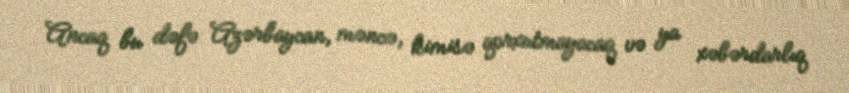
Ancaq bu dəfə Azərbaycan, məncə, kimisə qorxutmayacaq və ya xəbərdarlıq